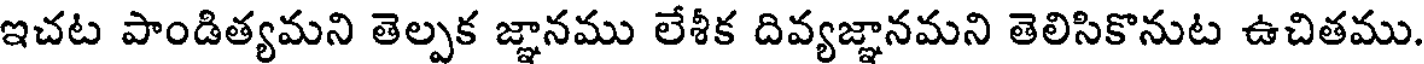
ఇచట పాండిత్యమని తెల్పక జ్ఞానము లేశీక దివ్యజ్ఞానమని తెలిసికొనుట ఉచితము